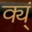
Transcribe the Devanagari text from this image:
क्य्ं